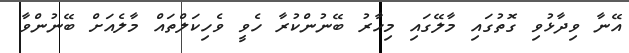
އޭނާ ވިދާޅުވި ގޮތުގައި މާލޭގައި މިހާރު ބޭނުންކުރާ ހެވީ ވެހިކަލްތައް މާލެއަށް ބޭނުންވާ